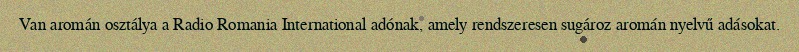
Van aromán osztálya a Radio Romania International adónak, amely rendszeresen sugároz aromán nyelvű adásokat.